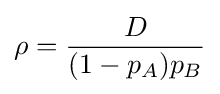
\rho ={\frac {D}{(1-p_{A})p_{B}}}